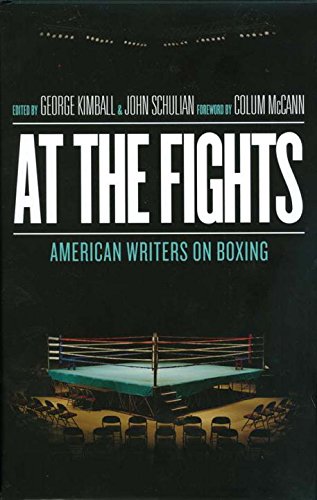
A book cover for At the Fights: American Writers on Boxing; Various; Sports & Outdoors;